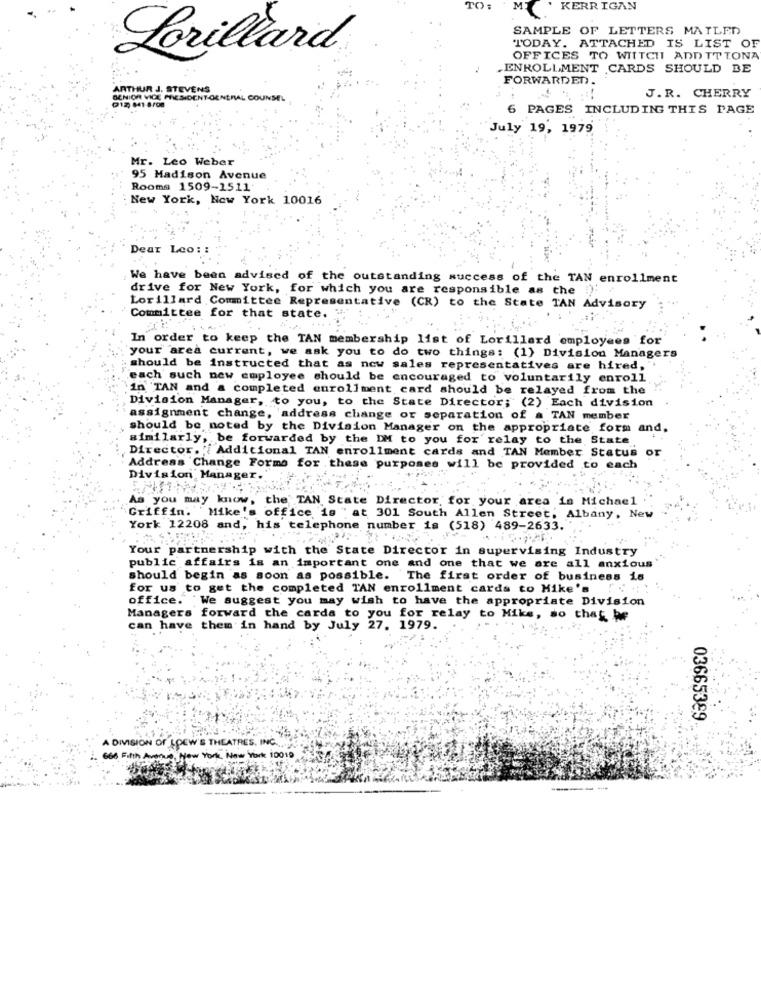
TO:
KERRIGAN
SAMPLE OF LETTERS MATLED
Lorillard
TODAY. ATTACHED IS LIST OF
OFFICES TO WITCH ADD TTTONA
.ENROLLMENT CARDS SHOULD BE
FORWARDED.
ARTHUR J. STEVENS
SENIOR VICE PRESIDENT-GENERAL COUNSEL
212 641-6/08
J.R. CHERRY
6 PAGES INCLUDING THIS PAGE
July 19, 1979
Mr. Leo Weber
95 Madison Avenue
Rooms 1509-1511'
New York, New York 10016
Dear Leo: :
We have been advised of the outstanding success of the TAN enrollment
drive for New York, for which you are responsible as the !).
Lorillard Committee Representative (CR) to the State TAN Advisory
Committee for that state.
In order to keep the TAN membership list of Lorillard employees for
your area current, we ask you to do two things: (1) Division Managers
should be instructed that as now sales representatives are hired,"
each such new employee should be encouraged to voluntarily enroll
in 'TAN and a completed enrollment card should be relayed from the
Division Manager, to you, to the State Director; (2) Each division
assignment change, address change or separation of a TAN member
should be noted by the Division Manager on the appropriate form and,
similarly, be forwarded by the DM to you for relay to the State
Director. 'Additional TAN enrollment cards and TAN Member Status or
Address Change Forms for these purposes will be provided to each
Division Manager.
As you may know, the TAN State Director for your area is Michael
Griffin. Mike's office is " at 301 South Allen Street, Albany, New
York 12208 and, his telephone number is (518) 489-2633.
Your partnership with the State Director in supervising Industry
public affairs is an important one and one that we are all anxious'
should begin as soon as possible. The first order of business is
for us to get the completed TAN enrollment cards to Mike's : : ::
office. We suggest you may wish to have the appropriate Division
Managers forward the cards to you for relay to Mike, so that he
can have them in hand by July 27. 1979.
03665389
A DIVISION OF LOEW'S THEATRES. IN
66 Fifth Avenue, your York New York 10019